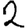
Digit: 2